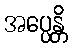
အပ္ပေန္တိ